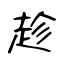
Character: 趁